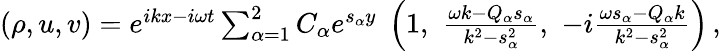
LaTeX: \begin{array}{r}{(\rho,u,v)=e^{ikx-i\omega t}\sum_{\alpha=1}^{2}C_{\alpha}e^{s_{\alpha}y}\; \left(1,\, \, \frac{\omega k-Q_{\alpha}s_{\alpha}}{k^{2}-s_{\alpha}^{2}},\, \, -i\frac{\omega s_{\alpha}-Q_{\alpha}k}{k^{2}-s_{\alpha}^{2}}\right)\, ,}\end{array}